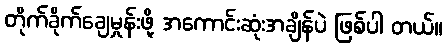
တိုက်ခိုက်ချေမှုန်းဖို့ အကောင်းဆုံးအချိန်ပဲ ဖြစ်ပါ တယ်။